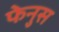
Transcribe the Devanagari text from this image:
फेनुस